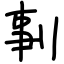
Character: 剚